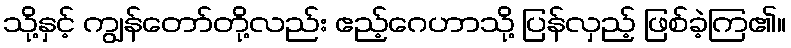
သို့နှင့် ကျွန်တော်တို့လည်း ဧည့်ဂေဟာသို့ ပြန်လှည့် ဖြစ်ခဲ့ကြ၏။